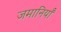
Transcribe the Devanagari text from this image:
जमानियाँ